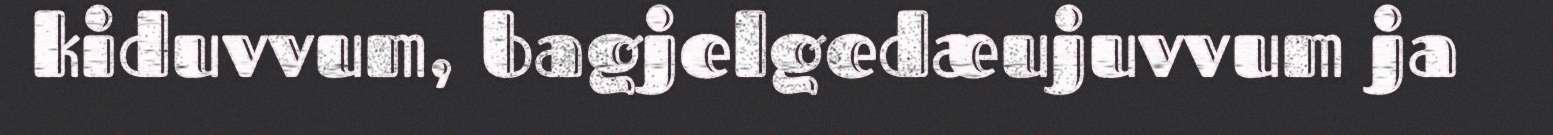
kiduvvum, bagjelgedæujuvvum ja